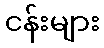
ငန်းများ